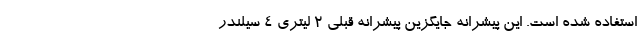
استفاده شده است. این پیشرانه جایگزین پیشرانه قبلی 2 لیتری 4 سیلندر